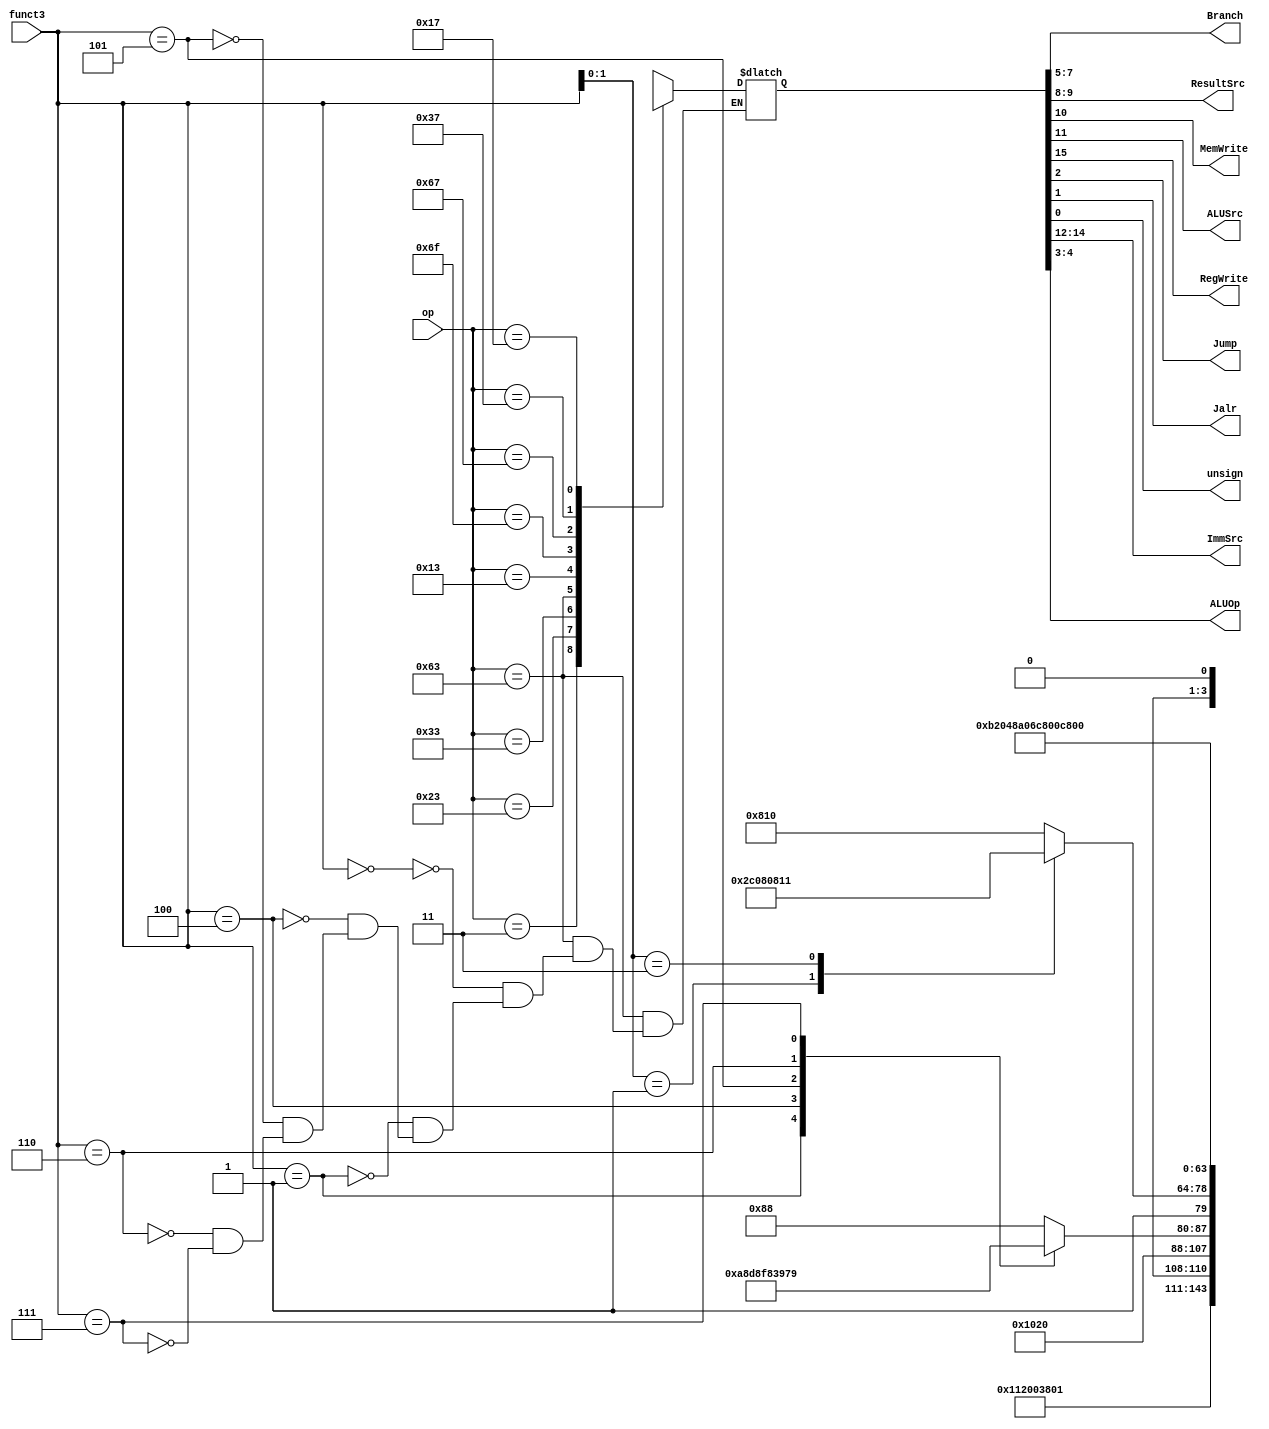

// main_decoder.v - logic for main decoder

module main_decoder (
    input  [6:0] op,
    input [2:0]  funct3, 
    output [2:0] Branch,
    output [1:0] ResultSrc,
    output       MemWrite , ALUSrc,
    output       RegWrite, Jump, Jalr, unsign,
    output [2:0] ImmSrc,
    output [1:0] ALUOp
);

reg [15:0] controls;


always @(*) begin
    case (op)
        // RegWrite_ImmSrc_ALUSrc_MemWrite_ResultSrc_Branch_ALUOp_Jump_jalr_unsign
        7'b0000011: controls = 16'b1_000_1_0_01_000_00_0_0_0; // lw
        7'b0100011: controls = 16'b0_001_1_1_00_000_00_0_0_0; // sw
        7'b0110011: controls = 16'b1_xxx_0_0_00_000_10_0_0_0; // Rtype
        7'b1100011: begin
            case(funct3)
                3'b000: controls = 16'b0_010_0_0_00_100_01_0_0_0; // beq
                3'b001: controls = 16'b0_010_0_0_00_101_01_0_0_0; // bne
                3'b100: controls = 16'b0_010_0_0_00_110_11_0_0_0; // blt
                3'b101: controls = 16'b0_010_0_0_00_111_11_0_0_0; // bge
                3'b110: controls = 16'b0_010_0_0_00_001_11_0_0_1; // bltu
                3'b111: controls = 16'b0_010_0_0_00_011_11_0_0_1; // bgeu
            endcase
        end  // beq
        7'b0010011: begin // Itype ALU
            case (funct3[1:0])
                2'b01:controls = 16'b1_101_1_0_00_000_10_0_0_0; // shift
                2'b11:controls = 16'b1_000_1_0_00_000_10_0_0_1; // unsigned Itype ALU
                default:controls = 16'b1_000_1_0_00_000_10_0_0_0; // Itype ALU
            endcase
        end
        7'b1101111: controls = 16'b1_011_0_0_10_000_00_1_0_0; // jal
        7'b1100111: controls = 16'b1_000_1_0_10_000_00_1_1_0; // jalr
        7'b0110111: controls = 16'b1_100_1_0_00_000_00_0_0_0; // lui
        7'b0010111: controls = 16'b1_100_1_0_11_000_00_0_0_0; // auipc
        default:    controls = 16'bx_xxx_x_x_xx_xxx_xx_x_x_0; // ???
    endcase
end



assign {RegWrite, ImmSrc, ALUSrc, MemWrite, ResultSrc, Branch, ALUOp, Jump, Jalr, unsign} = controls;

endmodule